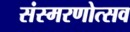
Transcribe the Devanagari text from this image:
संस्मरणोत्सव